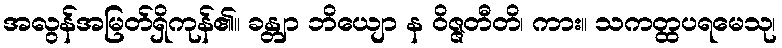
အလွန်အမြတ်ရှိကုန်၏။ ခန္တျာ ဘိယျော န ဝိဇ္ဇတီတိ၊ ကား။ သကတ္ထပရမေသု၊